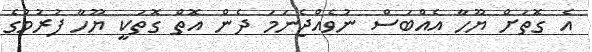
އެ ގޮތަށް ޔޫހާ އެއްބަސް ނުވެއްޖެނަމަ ދެން އޮތް ގޮތަކީ ޔޫހާ ފުރުމުގެ